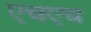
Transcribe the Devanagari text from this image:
एचएच